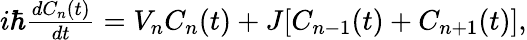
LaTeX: \begin{array}{r}{i\hbar\frac{dC_{n}(t)}{dt}=V_{n}C_{n}(t)+J[C_{n-1}(t)+C_{n+1}(t)],}\end{array}